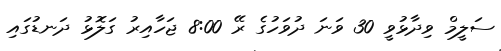
ސަލީމް ވިދާޅުވީ 30 ވަނަ ދުވަހުގެ ރޭ 8:00 ޖަހާއިރު ގަލޮޅު ދަނޑުގައި